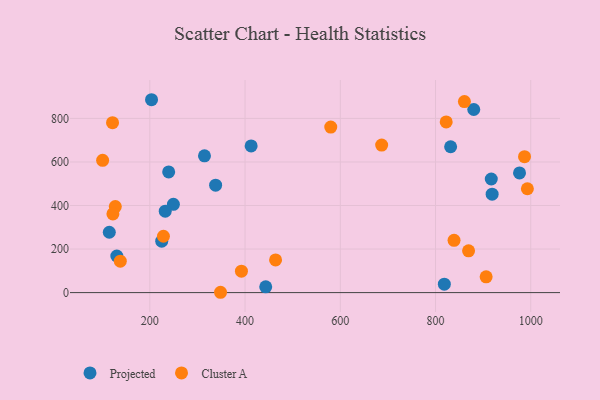
{"axis": {"x": "Study Hours", "y": "Yield"}, "legend": ["Cluster A", "Projected"], "data": [{"x": "338.2", "y": 493.5, "type": "Projected"}, {"x": "239.6", "y": 554.2, "type": "Projected"}, {"x": "130.7", "y": 168.2, "type": "Projected"}, {"x": "225.0", "y": 236.1, "type": "Projected"}, {"x": "443.4", "y": 26.3, "type": "Projected"}, {"x": "249.5", "y": 405.2, "type": "Projected"}, {"x": "314.8", "y": 628.3, "type": "Projected"}, {"x": "918.9", "y": 452.1, "type": "Projected"}, {"x": "917.1", "y": 521.7, "type": "Projected"}, {"x": "831.7", "y": 669.9, "type": "Projected"}, {"x": "976.4", "y": 549.4, "type": "Projected"}, {"x": "203.6", "y": 885.8, "type": "Projected"}, {"x": "880.3", "y": 840.8, "type": "Projected"}, {"x": "412.8", "y": 673.8, "type": "Projected"}, {"x": "232.4", "y": 374.0, "type": "Projected"}, {"x": "818.5", "y": 38.6, "type": "Projected"}, {"x": "114.9", "y": 277.1, "type": "Projected"}, {"x": "860.7", "y": 877.1, "type": "Cluster A"}, {"x": "992.9", "y": 477.0, "type": "Cluster A"}, {"x": "464.1", "y": 150.1, "type": "Cluster A"}, {"x": "121.7", "y": 780.2, "type": "Cluster A"}, {"x": "906.3", "y": 72.3, "type": "Cluster A"}, {"x": "138.0", "y": 144.3, "type": "Cluster A"}, {"x": "228.6", "y": 258.8, "type": "Cluster A"}, {"x": "838.9", "y": 240.2, "type": "Cluster A"}, {"x": "392.4", "y": 98.4, "type": "Cluster A"}, {"x": "686.9", "y": 677.3, "type": "Cluster A"}, {"x": "127.5", "y": 395.3, "type": "Cluster A"}, {"x": "986.9", "y": 624.2, "type": "Cluster A"}, {"x": "869.4", "y": 191.7, "type": "Cluster A"}, {"x": "122.5", "y": 361.4, "type": "Cluster A"}, {"x": "580.0", "y": 760.3, "type": "Cluster A"}, {"x": "822.4", "y": 783.9, "type": "Cluster A"}, {"x": "348.5", "y": 1.5, "type": "Cluster A"}, {"x": "100.9", "y": 607.5, "type": "Cluster A"}]}